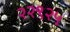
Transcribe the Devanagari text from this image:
२२९२५